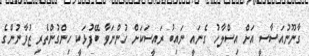
ގާނޫނުއަސާސީ އަށް އިސްލާހު ގެނައީ ނައިބު ރައީސަކަށް ހުންނަވާ ބޭފުޅަކީ ހިންގުންތެރި ޒުވާނުންގެ